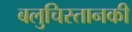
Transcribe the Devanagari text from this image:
बलुचिस्तानकी